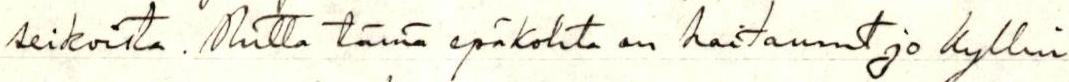
seikoista. Mutta tämä epäkohta on haitannut jo kyllin